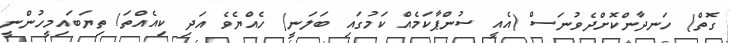
ގޮތް) ހަނދާންކޮށްދެވުނަސް (އެއީ ސުންޕާކަމެއް ކަމުގައި ބަލަނީ) ހެއްޔެވެ އަދި ކިއެއްތަ! ތިޔަބައިމީހުންނީ